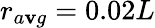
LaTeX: r_{a\mathbf{v}g}=0.02L